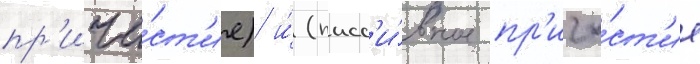
пр'ича́ст'ие) и́ (пасс'и́вное пр'ича́ст'ие